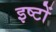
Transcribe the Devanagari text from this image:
इष्‍टों